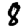
Digit: 8